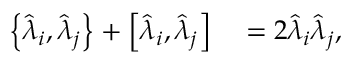
\begin{array} { r l } { \left\{ \hat { \lambda } _ { i } , \hat { \lambda } _ { j } \right\} + \left[ \hat { \lambda } _ { i } , \hat { \lambda } _ { j } \right] } & { { } = 2 \hat { \lambda } _ { i } \hat { \lambda } _ { j } , } \end{array}